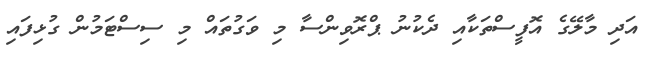
އަދި މާލޭގެ އޮފީސްތަކާއި ދެކުނު ޕްރޮވިންސާ މި ވަގުތައް މި ސިސްޓަމުން ގުޅިފައި